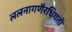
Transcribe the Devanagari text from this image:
ललनागणैरधिगतो